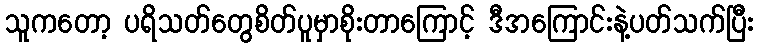
သူကတော့ ပရိသတ်တွေစိတ်ပူမှာစိုးတာကြောင့် ဒီအကြောင်းနဲ့ပတ်သက်ပြီး